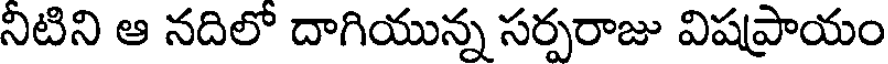
నిటిని ఆ నదిలో దాగియున్న సర్పరాజు విషప్రాయం